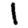
Digit: 1